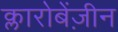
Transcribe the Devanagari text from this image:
क्लारोबेंज़ीन